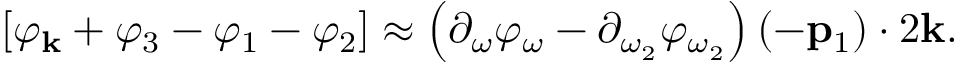
\begin{array} { r } { \left[ { \varphi _ { \bf k } } + { \varphi _ { 3 } } - { \varphi _ { 1 } } - { \varphi _ { 2 } } \right] \approx \left( \partial _ { \omega } \varphi _ { \omega } - \partial _ { \omega _ { 2 } } \varphi _ { \omega _ { 2 } } \right) ( - { \bf p } _ { 1 } ) \cdot 2 { \bf k } . } \end{array}